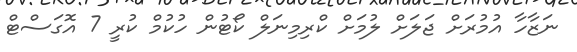
ނަޒާހާ އުމުރަށް ޖަލަށް ލުމަށް ކްރިމިނަލް ކޯޓުން ހުކުމް ކުރީ 7 އޮގަސްޓް